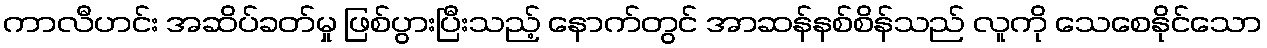
ကာလီဟင်း အဆိပ်ခတ်မှု ဖြစ်ပွားပြီးသည့် နောက်တွင် အာဆန်နစ်စိန်သည် လူကို သေစေနိုင်သော